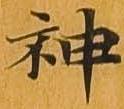
神